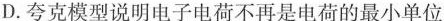
D.夸克模型说明电子电荷不再是电荷的最小单位